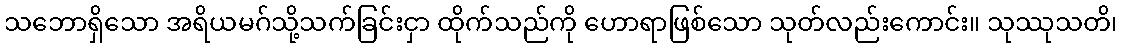
သဘောရှိသော အရိယမဂ်သို့သက်ခြင်းငှာ ထိုက်သည်ကို ဟောရာဖြစ်သော သုတ်လည်းကောင်း။ သုဿုသတိ၊